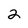
Character: 2